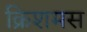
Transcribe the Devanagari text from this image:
क्रिशमस